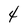
Character: 4